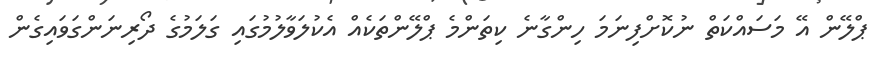
ޕްލޭން އޭ މަސައްކަތް ނުކޮށްފިނަމަ ހިންގާނެ ކިތަންމެ ޕްލޭންތަކެއް އެކުލަވާލުމުގައި ގަލަމުގެ ދޯރިނަންގަވައިގެން